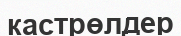
кастрөлдер